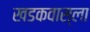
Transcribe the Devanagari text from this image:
खडकवास्ला